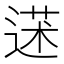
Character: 𦳯